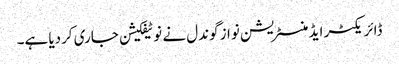
ڈائریکٹر ایڈمنسٹریشن نواز گوندل نے نوٹیفکیشن جاری کردیا ہے۔